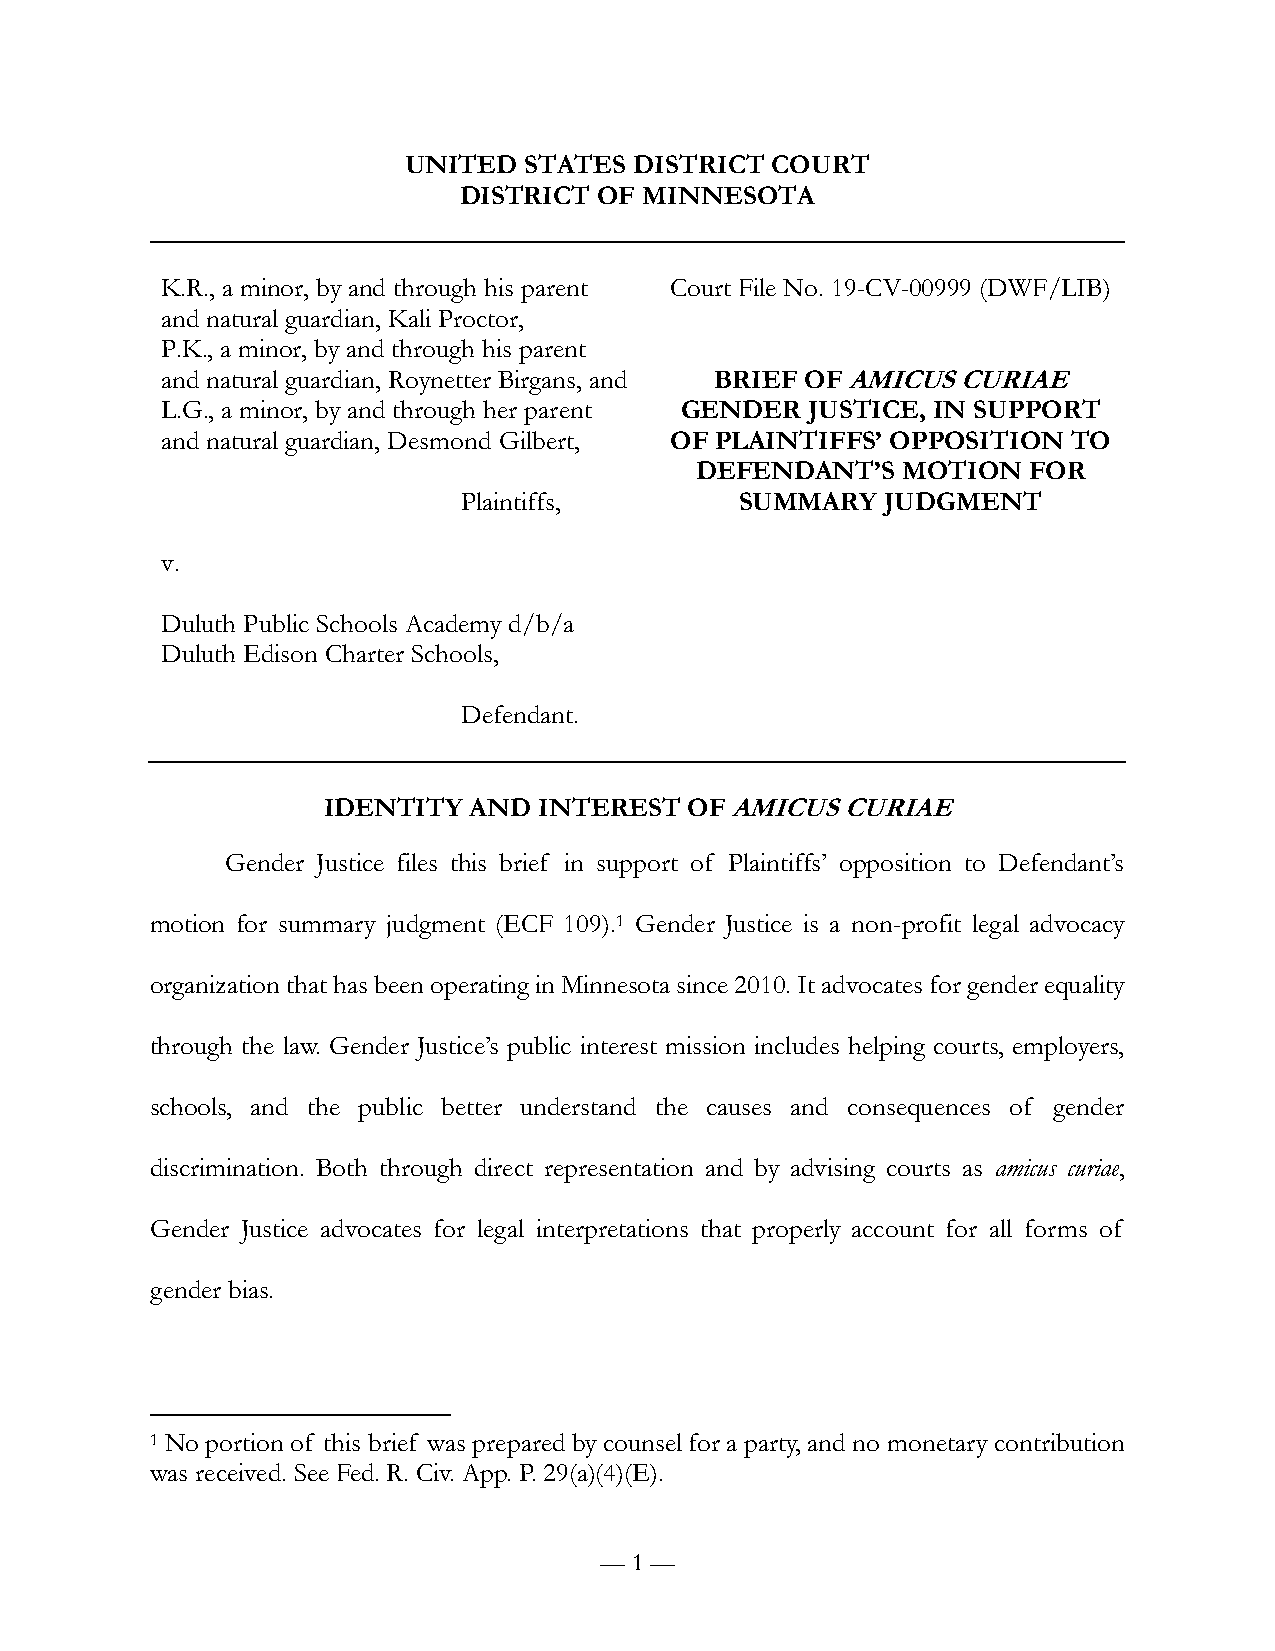
UNITED  STATES DISTRICT COURT
 DISTRICT  OF MINNESOTA
 K.R., a minor, by and through his parent Court File No. 19-CV-00999 (DWF/LIB)
 and natural guardian, Kali Proctor,
 P.K., a minor, by and through his parent
 and natural guardian, Roynetter Birgans, and BRIEF OF AMICUS CURIAE
 L.G., a minor, by and through her parent GENDER JUSTICE, IN SUPPORT
 and natural guardian, Desmond Gilbert, OF PLAINTIFFS’ OPPOSITION TO
 DEFENDANT’S   MOTION  FOR
 Plaintiffs,       SUMMARY   JUDGMENT
 v.
 Duluth Public Schools Academy d/b/a
 Duluth Edison Charter Schools,
 Defendant.
 IDENTITY  AND  INTEREST  OF AMICUS CURIAE
 Gender Justice files this brief in support of Plaintiffs’ opposition to Defendant’s
 motion for summary judgment (ECF 109).1 Gender Justice is a non-profit legal advocacy
 organization that has been operating in Minnesota since 2010. It advocates for gender equality
 through the law. Gender Justice’s public interest mission includes helping courts, employers,
 schools, and the public better understand the causes and consequences of gender
 discrimination. Both through direct representation and by advising courts as amicus curiae,
 Gender Justice advocates for legal interpretations that properly account for all forms of
 gender bias.
 1 No portion of this brief was prepared by counsel for a party, and no monetary contribution
 was received. See Fed. R. Civ. App. P. 29(a)(4)(E).
 — 1 —